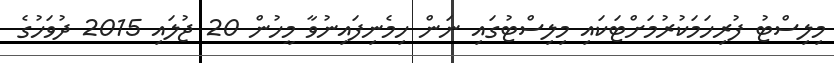
މިލިސްޓު ފުރިހަމަކުރުމަށްޓަކައި މިލިސްޓުގައި ނަން ހިމެނިފައިނުވާ މީހުން 20 ޖުލައި 2015 ދުވަހުގެ